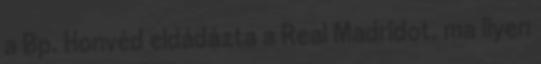
a Bp. Honvéd eldádázta a Real Madridot, ma ilyen